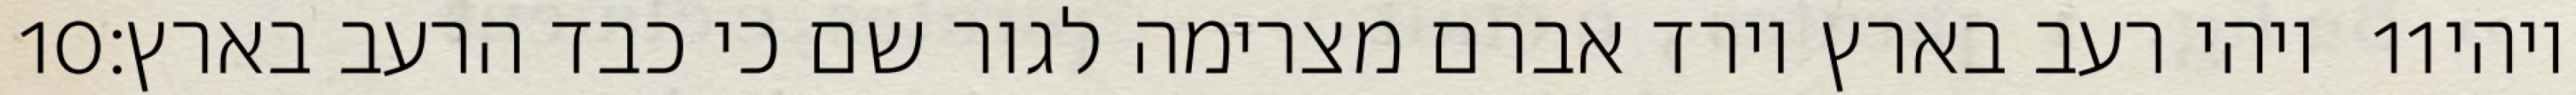
‎10‏ ויהי רעב בארץ וירד אברם מצרימה לגור שם כי כבד הרעב בארץ׃ ‎11‏ ויהי